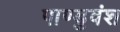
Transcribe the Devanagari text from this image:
पाण्डुवंश